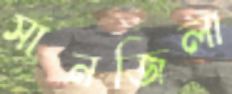
সানজিলা